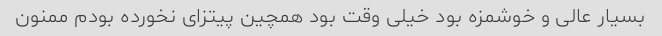
بسیار عالی و خوشمزه بود خیلی وقت بود همچین پیتزای نخورده بودم ممنون